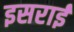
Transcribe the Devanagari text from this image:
इसराई